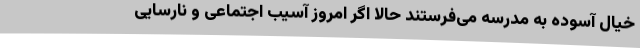
خیال آسوده به مدرسه می‌فرستند حالا اگر امروز آسیب اجتماعی و نارسایی